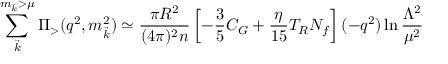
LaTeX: \sum _ { \vec { k } } ^ { m _ { \vec { k } } > \mu } \Pi _ { > } ( q ^ { 2 } , m _ { \vec { k } } ^ { 2 } ) \simeq \frac { \pi R ^ { 2 } } { ( 4 \pi ) ^ { 2 } n } \left[ - \frac { 3 } { 5 } C _ { G } + \frac { \eta } { 1 5 } T _ { R } N _ { f } \right] ( - q ^ { 2 } ) \ln \frac { \Lambda ^ { 2 } } { \mu ^ { 2 } }